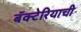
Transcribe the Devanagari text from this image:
बॅक्टेरियाची